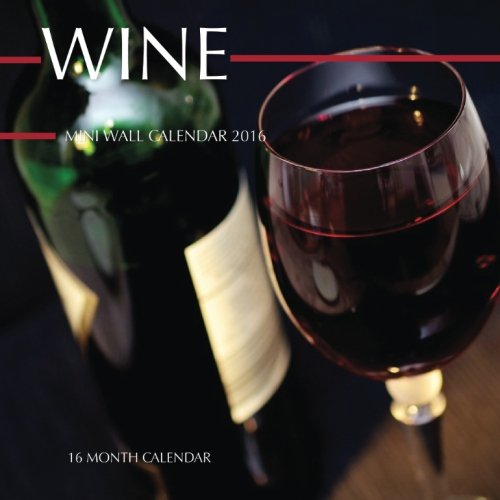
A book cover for Wine Mini Wall Calendar 2016: 16 Month Calendar; Jack Smith; Calendars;